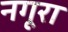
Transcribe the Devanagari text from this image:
नगूरा